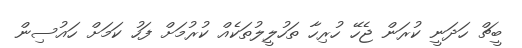
ބީޗް ހަދަނީ ކުރަން ޖެހޭ ހުރިހާ ތަހުލީލުތަކެއް ކުރުމަށް ފަހު ކަމަށް ހައުސިން